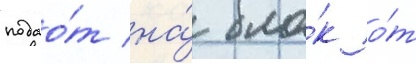
подао́т на́ бло́к о́т